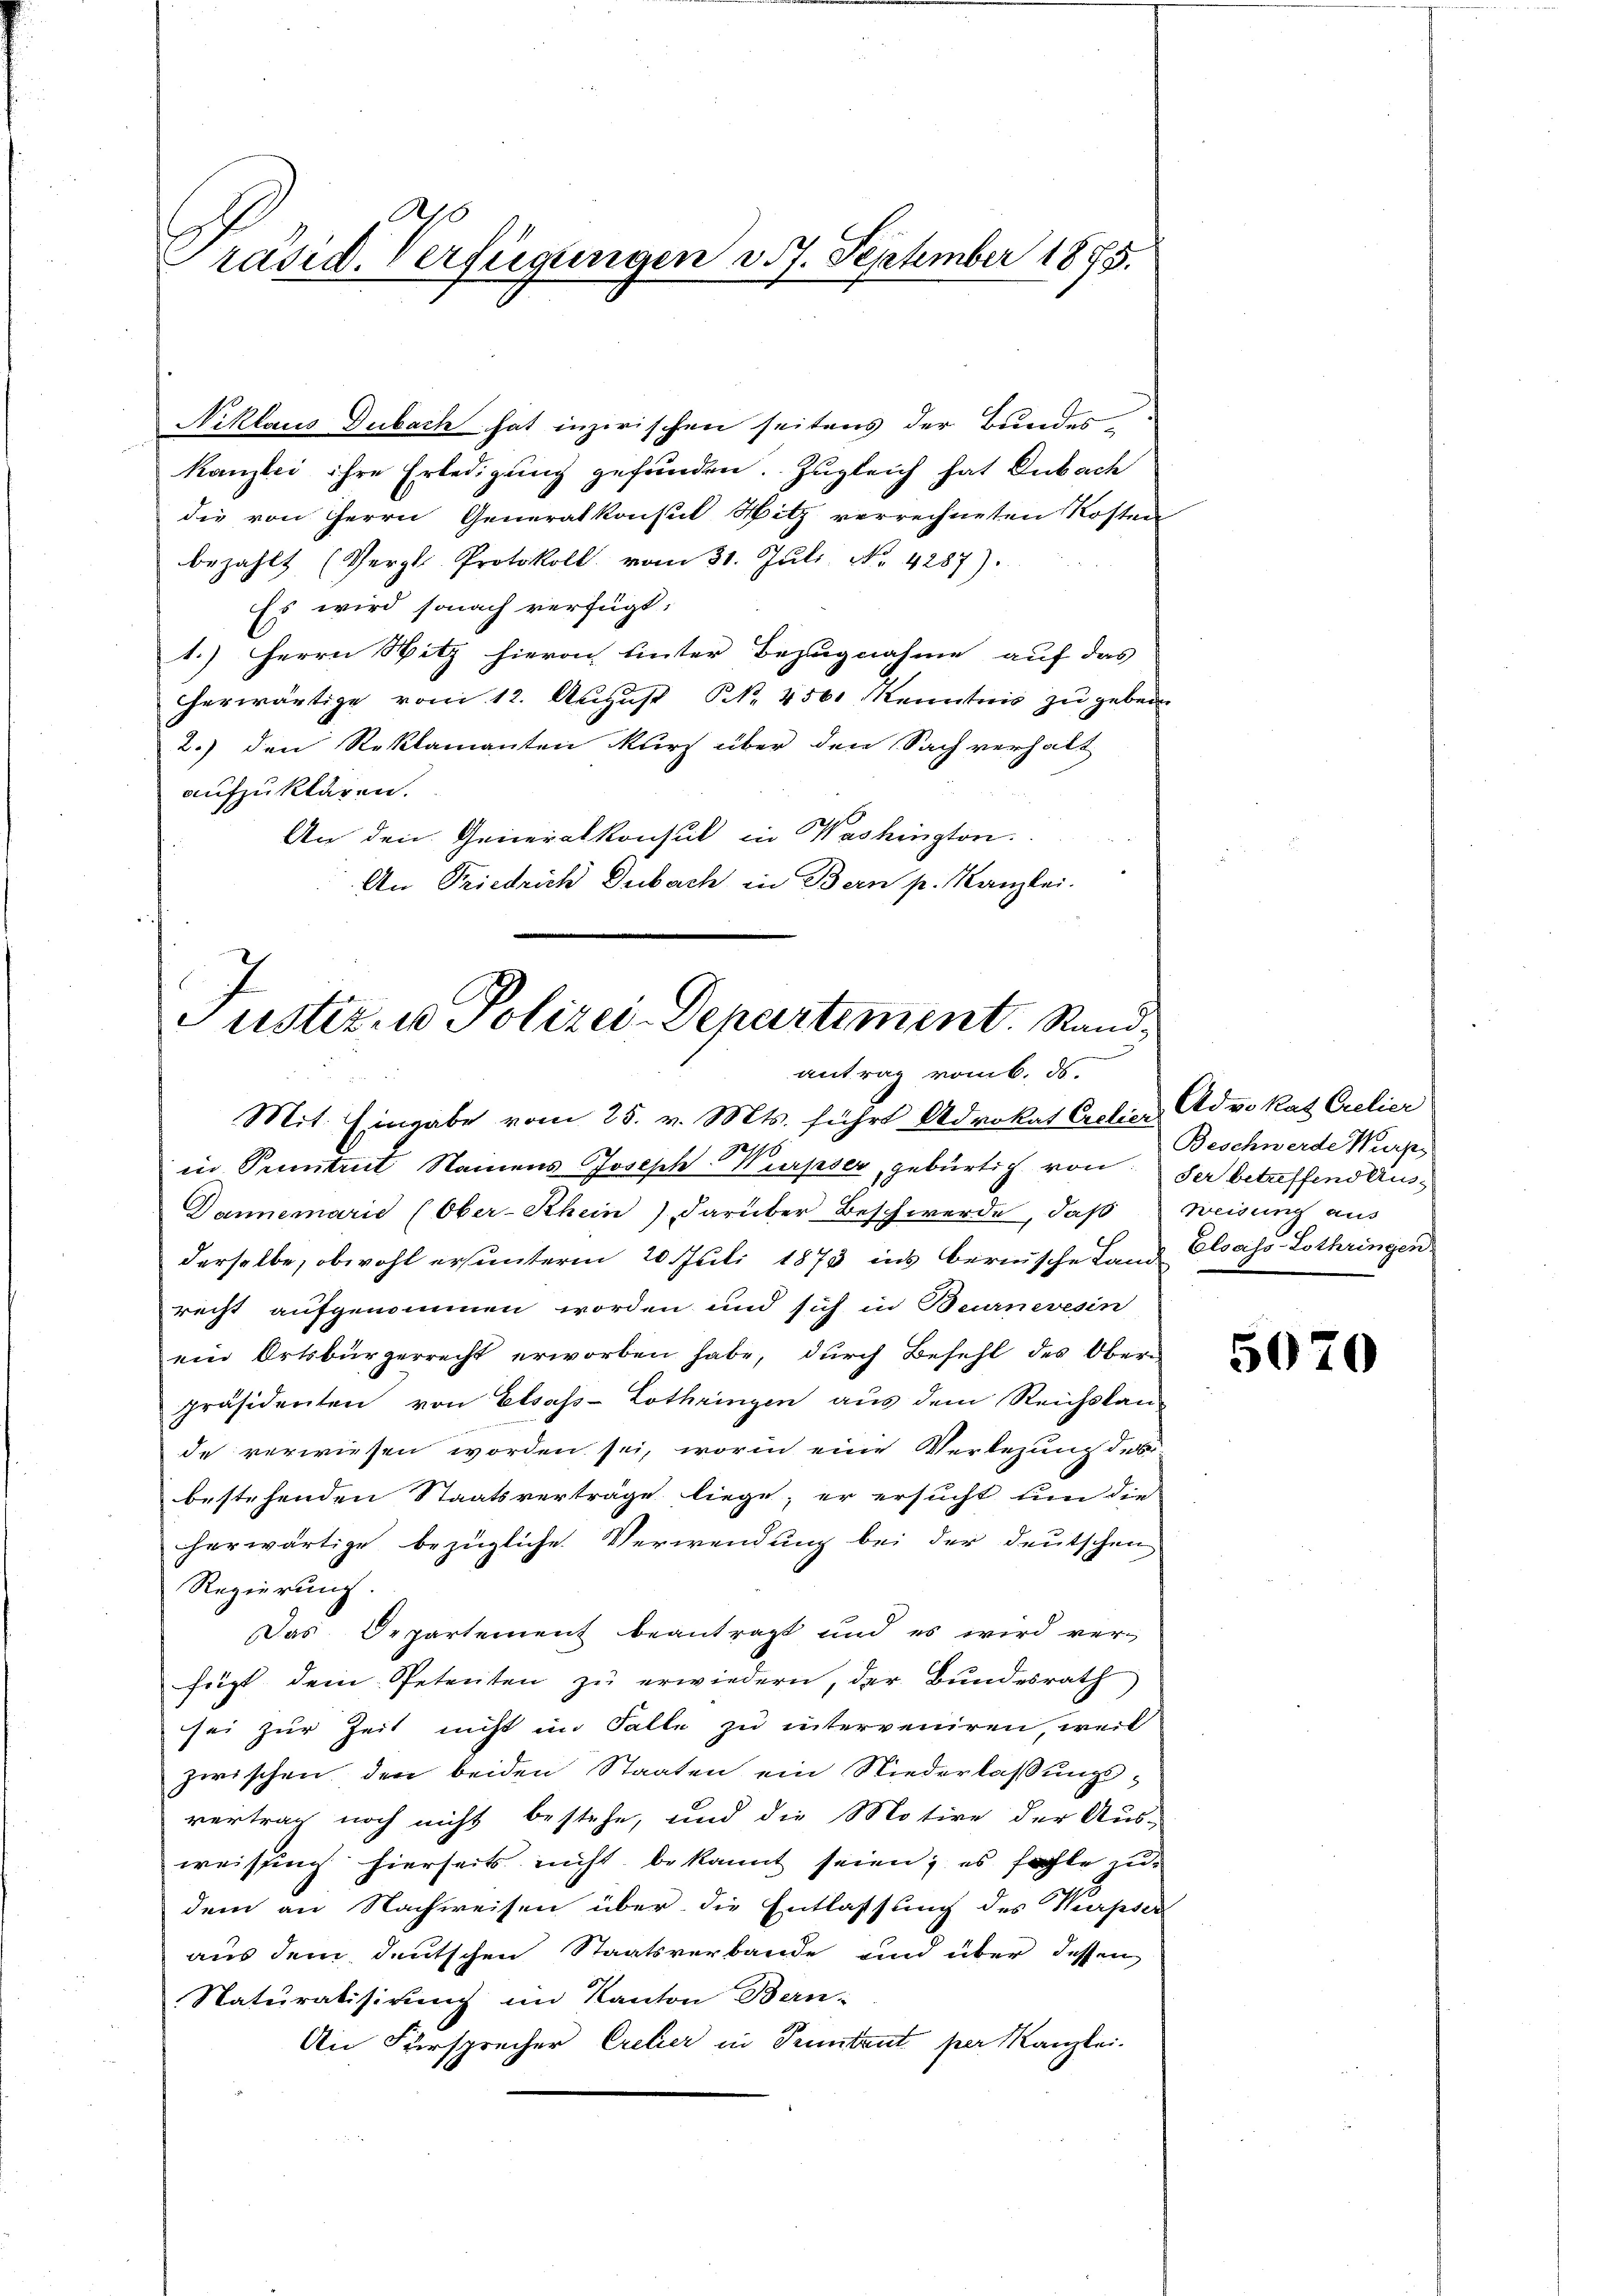
I
Präsid. Verfügungen v. 7. September 1875.

Niklaus Dubach hat inzwischen seitens der Bundes
kanzlei ihre Erledigŭng gefunden. Zugleich hat Dubach
die von Herrn Generalkonsul Hitz verrechneten Kosten
bezahlt (Vergl. Protokoll vom 31. Jŭli. No. 4287).
Es wird sonach verfügt:
1.) Herrn Witz hiero unter Bezugnahme auf das
herwärtige vom 12. August Nr. 4501 Kenntnis zu geben
2.) den Reklamanten kurz über den Sach verhalt
aufzuklären.
An den Generalkonsul in Washington.
An Friedrich Dubach in Bern p. Kanzlei.

Justiz- u Polizei-Departement. Standantrag vom 6. ds.

Mit Eingabe vom 25. v. Mts. führt Advokat Crelier Advokat Crelier
l
in Puntrut Namens Joseph-Würpser, gebürtig von der betreffend Aus¬
Dannemarie (Ober-Rhein) darüber Beschwerde, daß Weisung aus
derselbe, obwohl ersunterm 20. Juli 1873 ins bernische Land Elsass-Lothringen
recht aufgenommen worden, und sich in Beurneresin
ein Ortsbürgerrecht erworben habe, durch Befehl des Oberpräsidenten von Elsass-Lothringen aus dem Reichskan-
de verwiesen worden sei, worin eine Verlegung des
bestehenden Staatsverträge liege; er ersucht un die
herwärtige bezügliche Verwendung bei der deutschen
Regierung.
Das Departement beantragt und es wird ver-
fügt dem Petenten zŭ erwiedern, der Bundesrath
sei zur Zeit nicht im Falle zu interveniren, weil
zwischen den beiden Staaten ein Niederlaßungsvertrag noch nicht bestehe, und die Motive der Aus-
weisung hierseits nicht bekannt seien; es fehle zu
dem an Nachweisen über die Entlassung des Nurpser
aus dem deutschen Staatsverbande und über dessen
Naturalisirung im Kanton Bern-
An Fürsprecher Cretier in Pruntrut per Kanzlei.

Beschwerde Wurz

5070